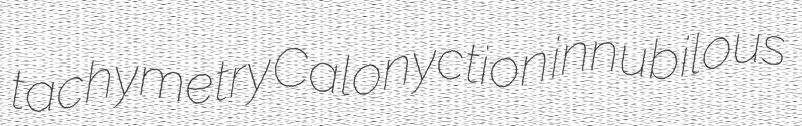
tachymetry Calonyction innubilous